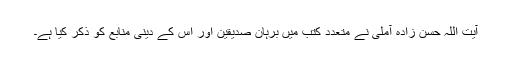
آیت اللہ حسن زادہ آملی نے متعدد کتب میں برہان صدیقین اور اس کے دینی منابع کو ذکر کیا ہے۔